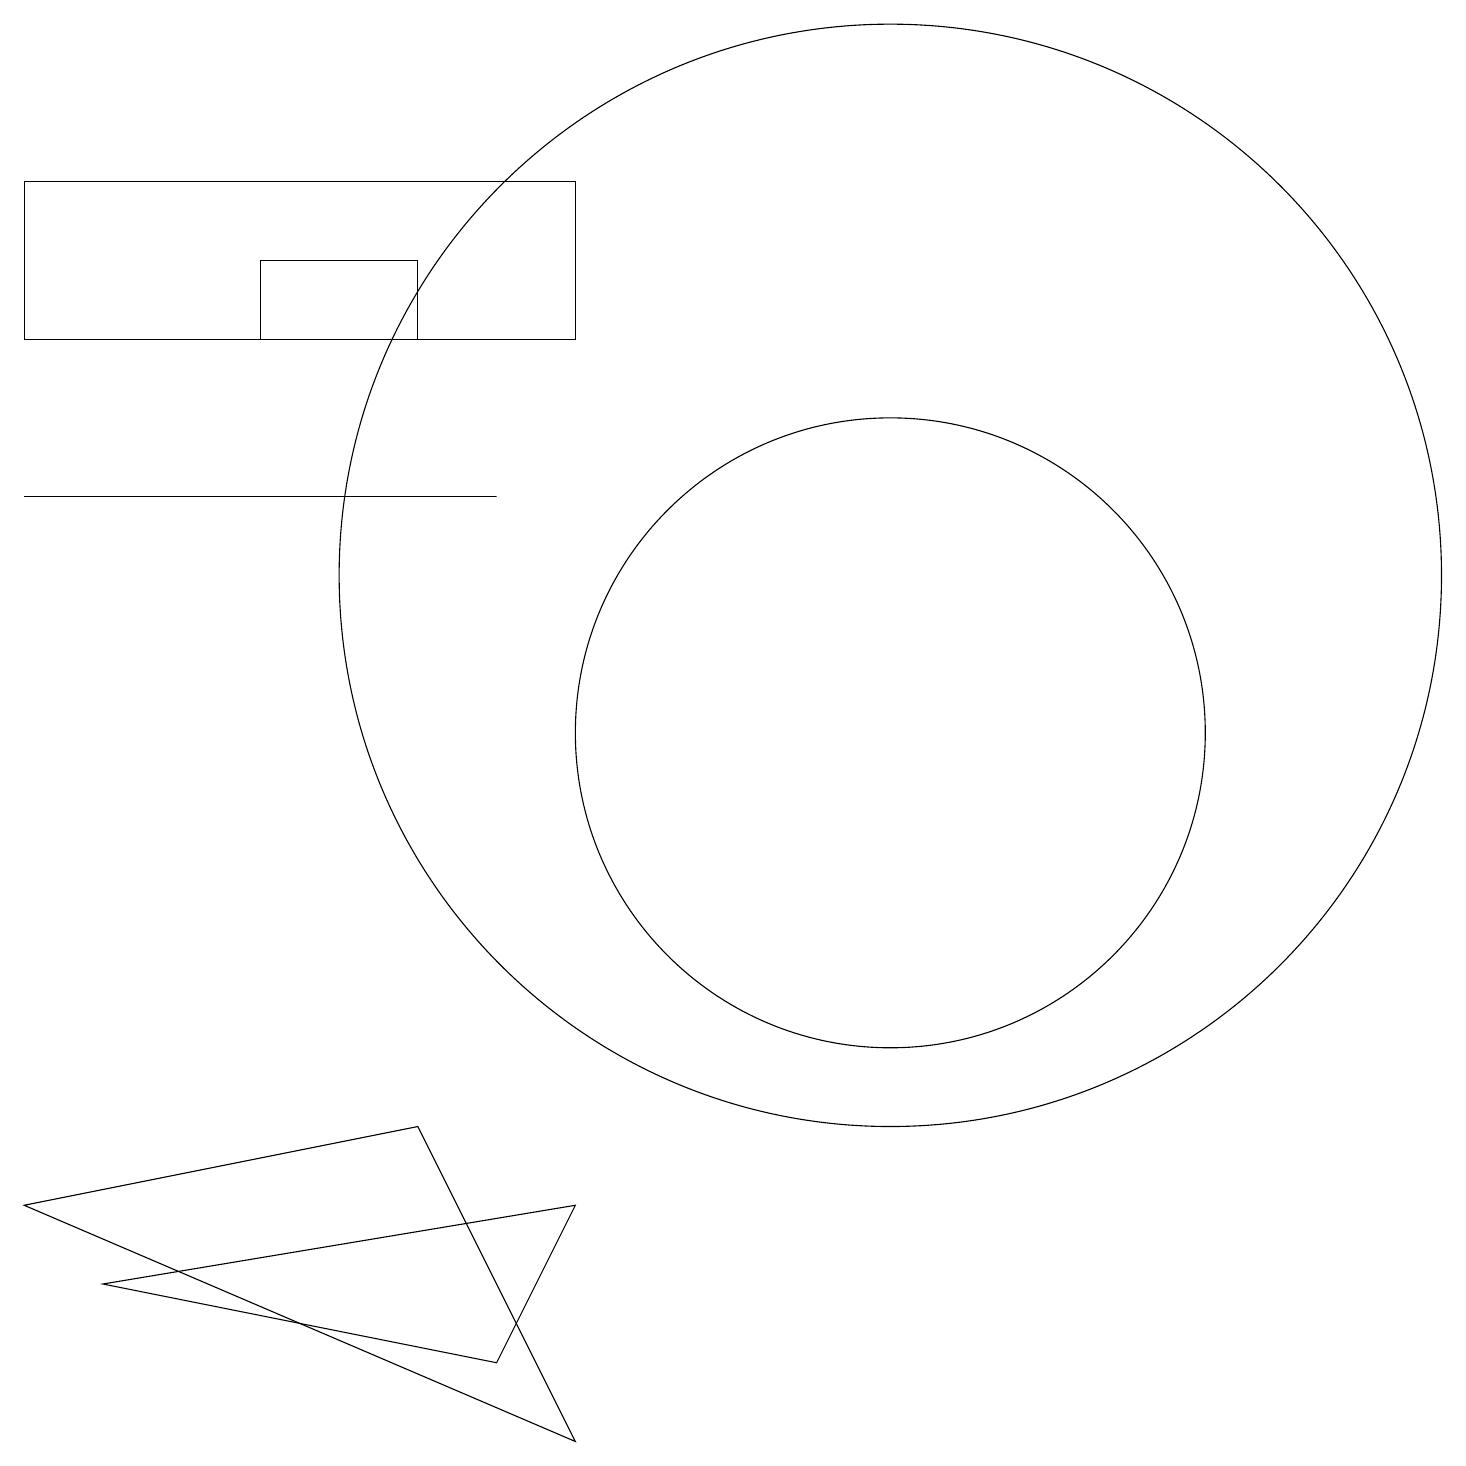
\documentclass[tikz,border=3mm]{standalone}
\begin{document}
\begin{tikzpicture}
\draw (6,2) -- (7,4) -- (1,3) -- cycle;
\draw (5,16) rectangle (3,15);
\draw (11,10) circle (4);
\draw (7,1) -- (0,4) -- (5,5) -- cycle;
\draw (7,17) rectangle (0,15);
\draw (11,12) circle (7);
\draw (6,13) rectangle (0,13);
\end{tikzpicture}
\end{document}